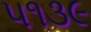
૫૧૩૯